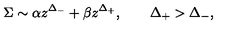
\Sigma \sim \alpha z ^ { \Delta _ { - } } + \beta z ^ { \Delta _ { + } } , \qquad \Delta _ { + } > \Delta _ { - } ,